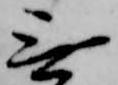
無